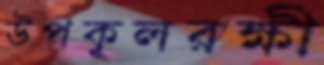
উপকূলরক্ষী